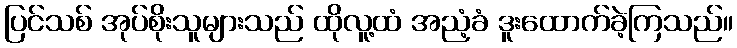
ပြင်သစ် အုပ်စိုးသူများသည် ထိုလူ့ထံ အညံ့ခံ ဒူးထောက်ခဲ့ကြသည်။